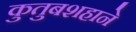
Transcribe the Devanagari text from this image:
कुतुबशहाने